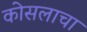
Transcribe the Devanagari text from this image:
कोसलाचा